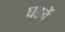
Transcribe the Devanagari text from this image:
घडवें